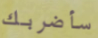
سأضربك